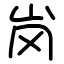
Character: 岗